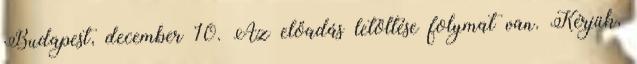
Budapest, december 10. Az előadás letöltése folymat van. Kérjük,